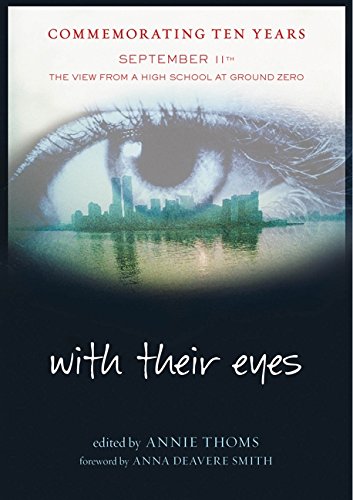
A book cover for With Their Eyes: September 11th--The View from a High School at Ground Zero; Annie Thoms; Teen & Young Adult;